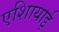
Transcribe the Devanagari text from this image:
एशिायाई